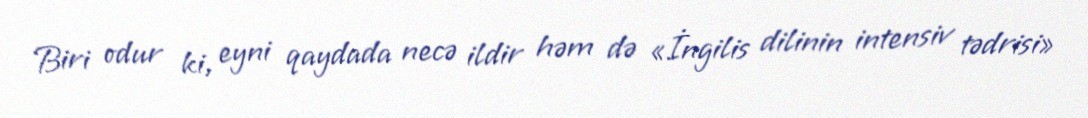
Biri odur ki, eyni qaydada necə ildir həm də «İngilis dilinin intensiv tədrisi»